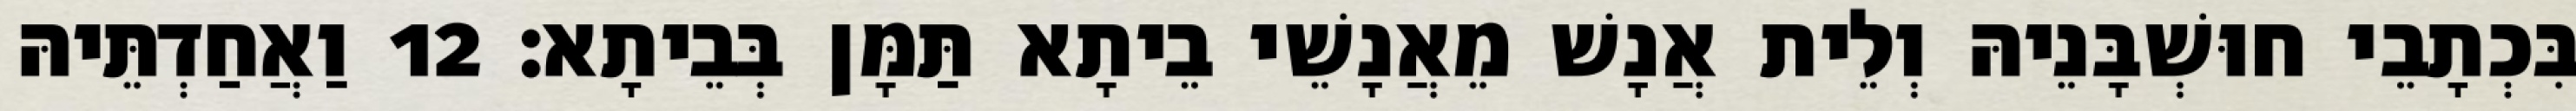
בִּכְתָבֵי חוּשְׁבָּנֵיהּ וְלֵית אֲנָשׁ מֵאֲנָשֵׁי בֵיתָא תַּמָּן בְּבֵיתָא׃ 12 וַאֲחַדְתֵּיהּ